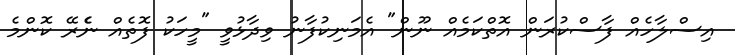
އިސްލާހެއް ފާސްކުރަން އޮތްކަމެއް ނޫން" އެމަނިކުފާނު ވިދާޅުވީ "މީހަކު ފޮތެއް ނެެރޭ ކޮންމެ